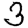
Digit: 3